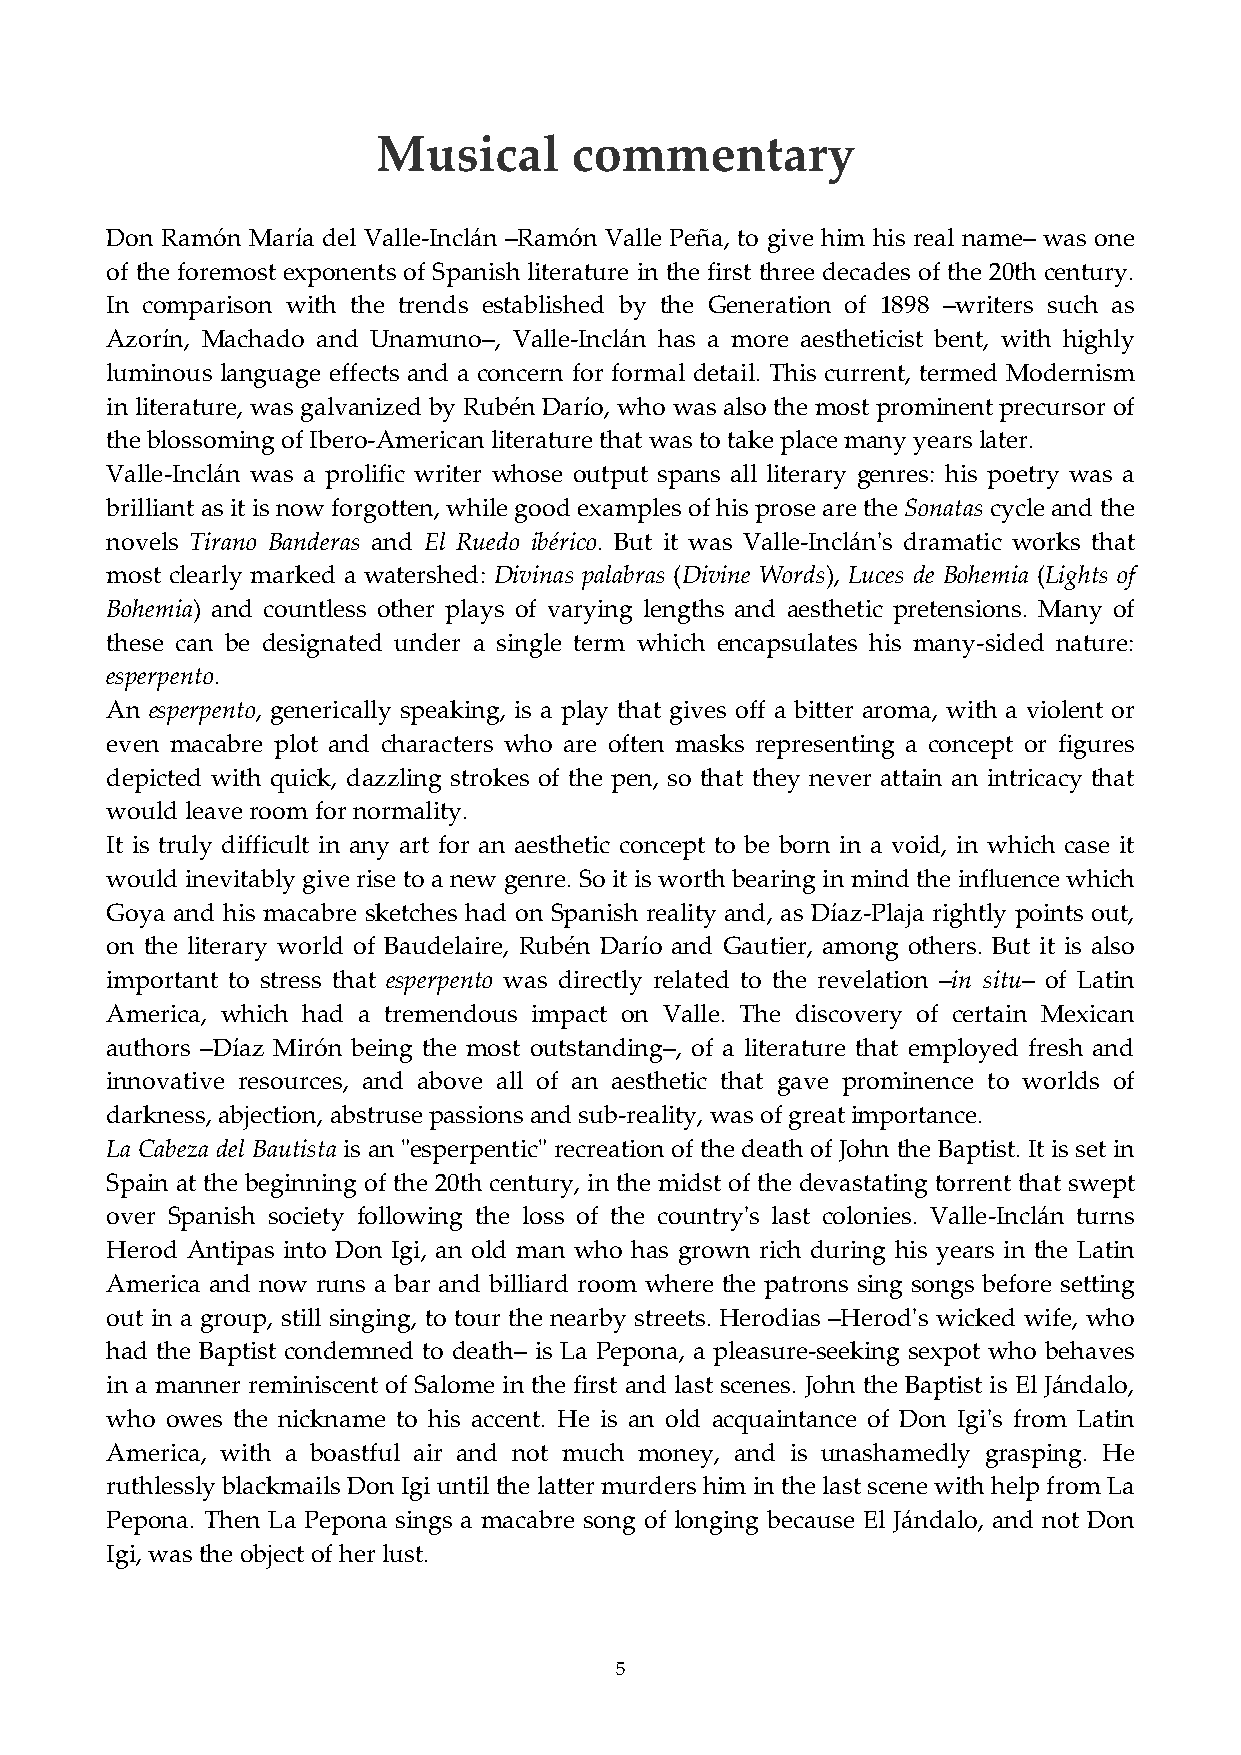
Musical      commentary
 Don Ramón María del Valle‐Inclán –Ramón Valle Peña, to give him his real name– was one
 of the foremost exponents of Spanish literature in the first three decades of the 20th century.
 In comparison with the trends established by the Generation of 1898 –writers such as
 Azorín, Machado and Unamuno–, Valle‐Inclán has a more aestheticist bent, with highly
 luminous language effects and a concern for formal detail. This current, termed Modernism
 in literature, was galvanized by Rubén Darío, who was also the most prominent precursor of
 the blossoming of Ibero‐American literature that was to take place many years later.
 Valle‐Inclán was a prolific writer whose output spans all literary genres: his poetry was a
 brilliant as it is now forgotten, while good examples of his prose are the Sonatas cycle and the
 novels Tirano Banderas and El Ruedo ibérico. But it was Valle‐Inclánʹs dramatic works that
 most clearly marked a watershed: Divinas palabras (Divine Words), Luces de Bohemia (Lights of
 Bohemia) and countless other plays of varying lengths and aesthetic pretensions. Many of
 these can be designated under a single term which encapsulates his many‐sided nature:
 esperpento.
 An esperpento, generically speaking, is a play that gives off a bitter aroma, with a violent or
 even macabre plot and characters who are often masks representing a concept or figures
 depicted with quick, dazzling strokes of the pen, so that they never attain an intricacy that
 would leave room for normality.
 It is truly difficult in any art for an aesthetic concept to be born in a void, in which case it
 would inevitably give rise to a new genre. So it is worth bearing in mind the influence which
 Goya and his macabre sketches had on Spanish reality and, as Díaz‐Plaja rightly points out,
 on the literary world of Baudelaire, Rubén Darío and Gautier, among others. But it is also
 important to stress that esperpento was directly related to the revelation –in situ– of Latin
 America, which had a tremendous impact on Valle. The discovery of certain Mexican
 authors –Díaz Mirón being the most outstanding–, of a literature that employed fresh and
 innovative resources, and above all of an aesthetic that gave prominence to worlds of
 darkness, abjection, abstruse passions and sub‐reality, was of great importance.
 La Cabeza del Bautista is an ʺesperpenticʺ recreation of the death of John the Baptist. It is set in
 Spain at the beginning of the 20th century, in the midst of the devastating torrent that swept
 over Spanish society following the loss of the countryʹs last colonies. Valle‐Inclán turns
 Herod Antipas into Don Igi, an old man who has grown rich during his years in the Latin
 America and now runs a bar and billiard room where the patrons sing songs before setting
 out in a group, still singing, to tour the nearby streets. Herodias –Herodʹs wicked wife, who
 had the Baptist condemned to death– is La Pepona, a pleasure‐seeking sexpot who behaves
 in a manner reminiscent of Salome in the first and last scenes. John the Baptist is El Jándalo,
 who owes the nickname to his accent. He is an old acquaintance of Don Igiʹs from Latin
 America, with a boastful air and not much money, and is unashamedly grasping. He
 ruthlessly blackmails Don Igi until the latter murders him in the last scene with help from La
 Pepona. Then La Pepona sings a macabre song of longing because El Jándalo, and not Don
 Igi, was the object of her lust.
 5